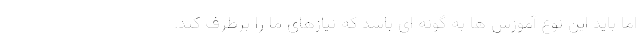
اما باید این نوع آموزش ها به گونه ای باشد که نیازهای ما را برطرف کند.